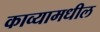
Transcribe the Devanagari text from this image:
काव्यामधील